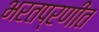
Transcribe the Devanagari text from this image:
भरतप्रणीत